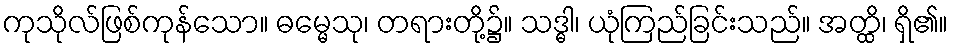
ကုသိုလ်ဖြစ်ကုန်သော။ ဓမ္မေသု၊ တရားတို့၌။ သဒ္ဓါ၊ ယုံကြည်ခြင်းသည်။ အတ္ထိ၊ ရှိ၏။